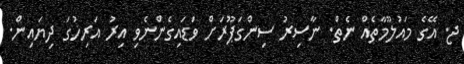
ޖ. އޭގެ މައުލޫމާތެއް ނެތް. ނާސިރު ސިންގަޕޫރަށް ވަޑައިގެންނެވި އިރު އަރިހުގަ ދިޔައިން.